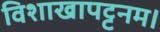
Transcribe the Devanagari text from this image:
विशाखापट्टनम।